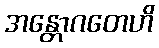
အန္တောဂတေဟိ